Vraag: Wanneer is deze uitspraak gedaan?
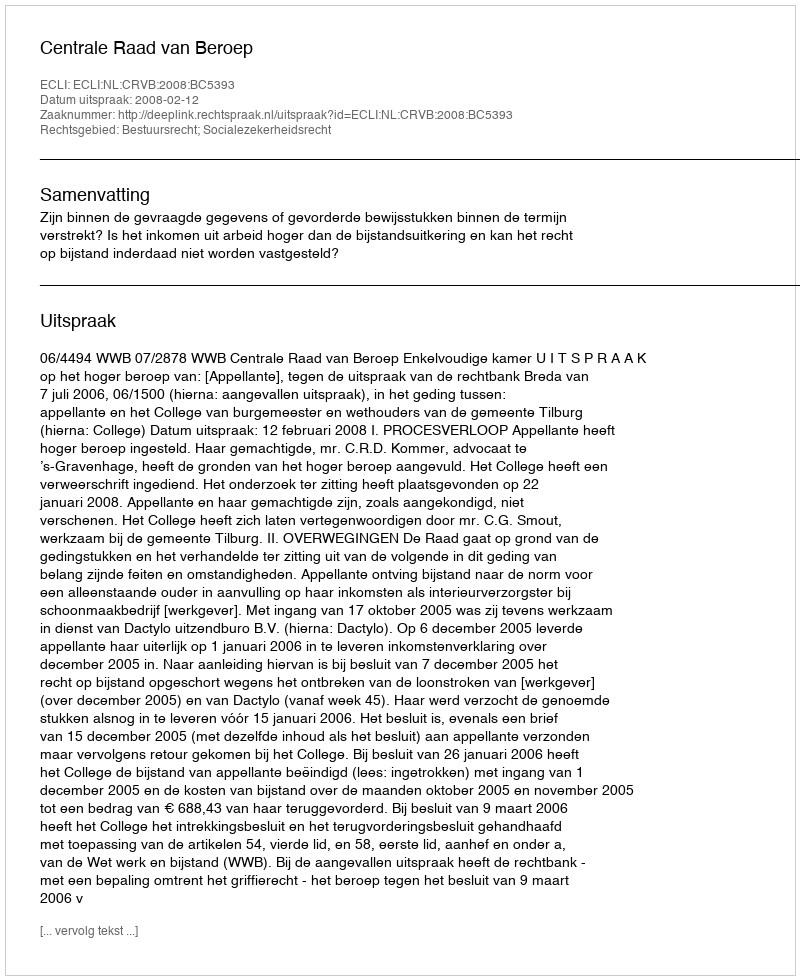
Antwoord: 2008-02-12